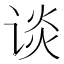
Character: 谈